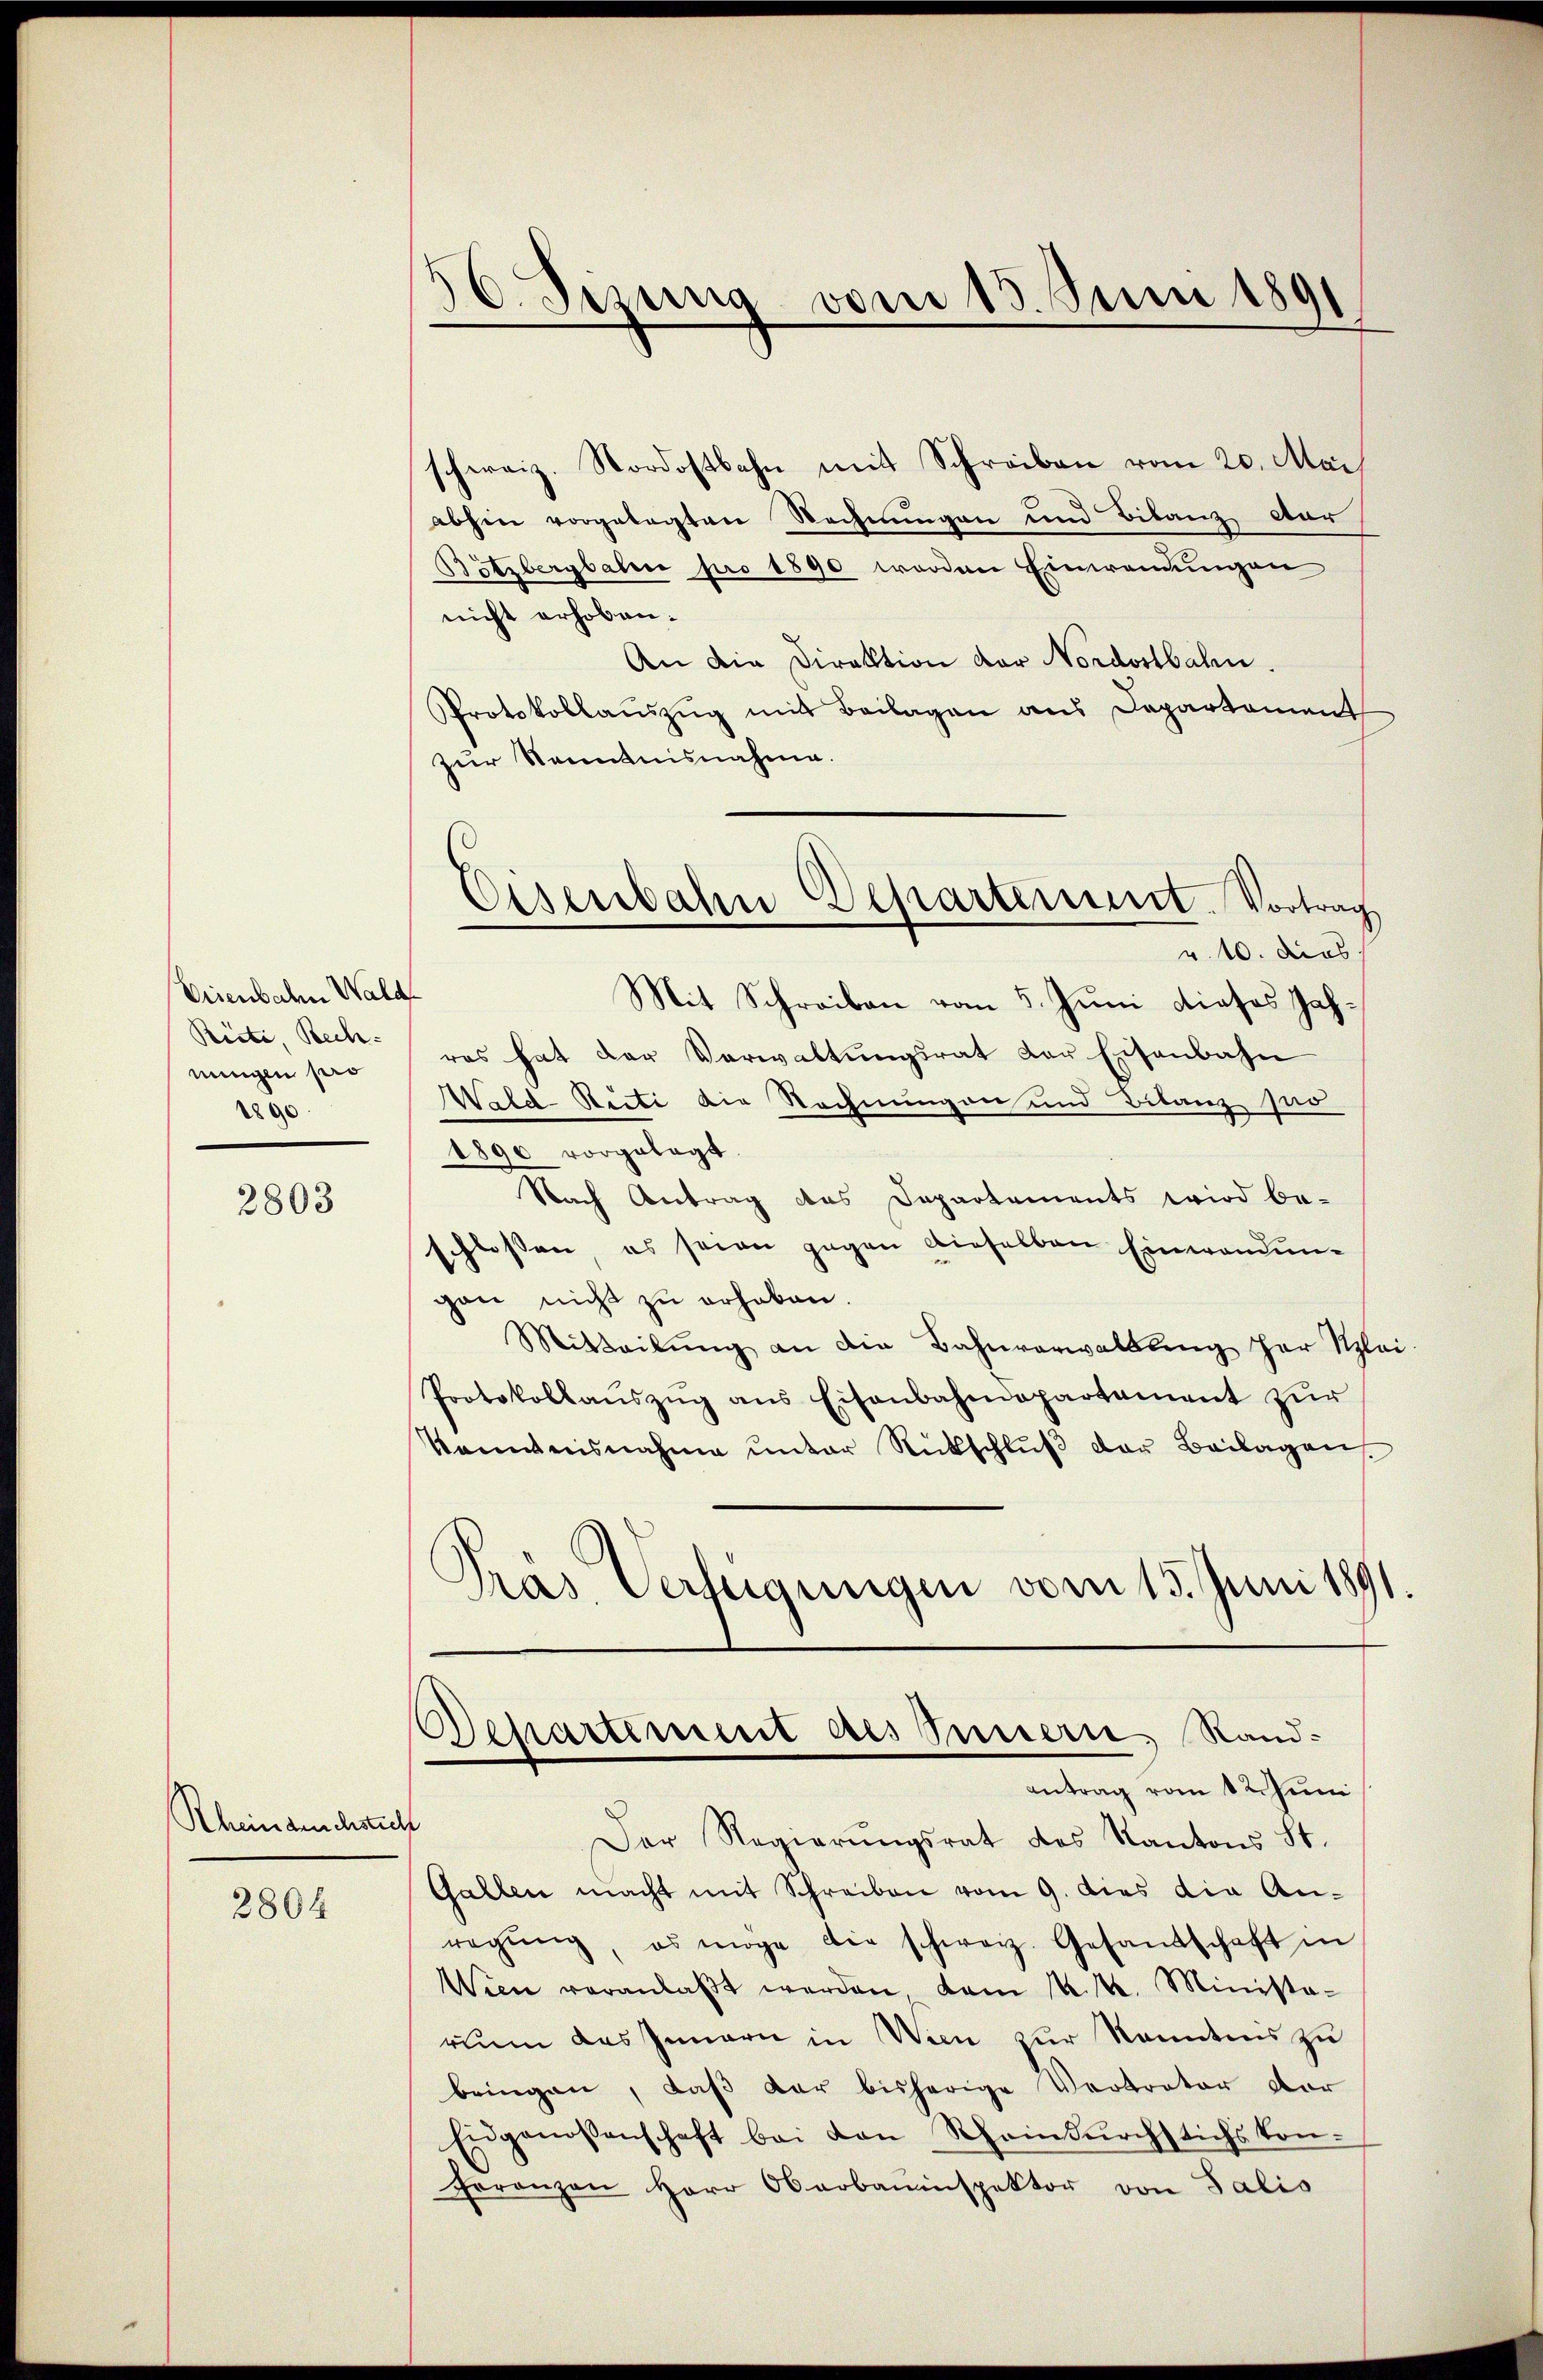
Visenbahn Wald
Ricti, Bech-
nungen pro
2890

2803

Rheinarchstich

2804

)
6. Sizung vom 15. Juni 1891

schweiz. Nordostbahn mit Schreiben vom 20. Mai
abhin vorgelegten Rechnungen und Bilanz dar
Bötzbergbaben pro 1890 werden Einwendungen
nicht erhoben.
An die Direktion der Nordostbahn.
Protokollauszug mit Beilagen aus Departement
zur Kenntnisnahme.
Mit Schreiben vom 5. Juni dieses Jahras hat der Verwaltungsrat der Eisenbahn
Wald-Reiti die Rechnungen und Bilanz so
1890 vorgelegt.
Nach Antrag des Departements wird be-
schlossen, es seien gegen dieselben Einwandung
gau nicht zu erhaben.
Mitteilŭng an die Bahnverwaltung her Klei¬
Protokollanszŭg ans Eisenbahndepartement zŭr
kanntensnahme ŭnter Rückschlŭβ der Beilagen.
Pras Verfügungen vom 15. Juni 1891.

Eisenbahn Departement. Vortrag
v. 10. dies

Departement des Innern, Rand-
antrag vom 1 Juni

Der Regierŭngsrat des Kantons St.
Gallen macht mit Schreiben vom 9. dies die Anregŭng, es möge die schweiz. Gesandtschaft in
Wien veranlaβt werden vom k. k. Minista-
rium das Innern in Wien zur Kenntnis zu
bringen, daβ der bisherige Vertrator der
Eidgenossenschaft bei von Scheindŭrchstichs kon-
Franzen Herr Oberbauinspektor von Salis